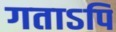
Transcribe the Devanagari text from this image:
गताऽपि